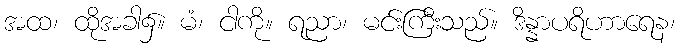
အထ၊ ထိုအခါ၌။ မံ၊ ငါကို။ ရညာ၊ မင်းကြီးသည်။ ဒိန္နာပရိဟာရေန၊